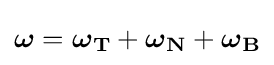
{\boldsymbol {\omega }}={\boldsymbol {\omega }}_{\mathbf {T} }+{\boldsymbol {\omega }}_{\mathbf {N} }+{\boldsymbol {\omega }}_{\mathbf {B} }